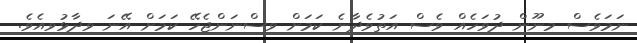
ނަމަވެސް މިނޫން ދުވަހެއް ވެސް އަތުވެދާނެ ކަމަށް ވިސްނަންޖެހޭ ކަމަށް އޭނަ ވިދާޅުވިއެވެ.